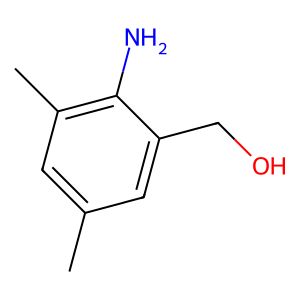
SMILES: Cc1cc(C)c(N)c(CO)c1
Inhibits HIV replication: No